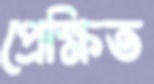
প্রেক্ষিত